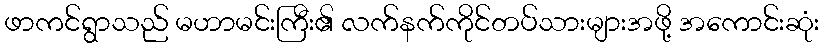
ဖာကင်ရွာသည် မဟာမင်းကြီး၏ လက်နက်ကိုင်တပ်သားများအဖို့ အကောင်းဆုံး